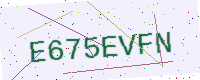
Text: E675EVFN